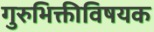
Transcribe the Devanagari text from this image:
गुरुभिक्तीविषयक